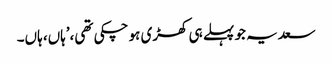
سعدیہ جو پہلے ہی کھڑی ہو چکی تھی،’ہاں، ہاں۔